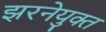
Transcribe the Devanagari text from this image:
झरनेयुक्त